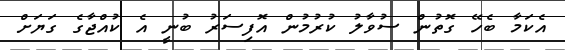
އެކަމާ ބެހޭ ގޮތުން ސުވާލު ކުރުމުން އޮފިސަރު ބުނީ އެ ކުއްޖާގެ ގަޔަށް